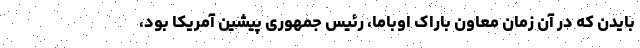
بایدن که در آن زمان معاون باراک اوباما، رئیس جمهوری پیشین آمریکا بود،